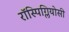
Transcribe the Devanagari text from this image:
रॉस्पिग्लियोसी